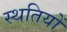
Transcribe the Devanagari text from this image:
स्थतियों